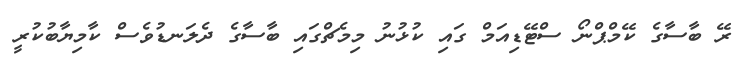
ރޭ ބާސާގެ ކޭމްޕްނޯ ސްޓޭޑިއަމް ގައި ކުޅުނު މިމެޗްގައި ބާސާގެ ދެލަނޑުވެސް ކާމިޔާބުކުރީ